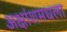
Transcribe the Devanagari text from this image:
अक्षांशमधला